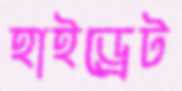
হাইড্রেট